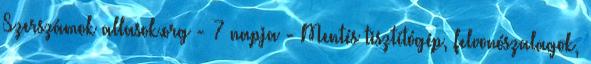
Szerszámok allasok.org - 7 napja - Mentés tisztítógép, felvonószalagok,